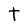
Character: t